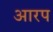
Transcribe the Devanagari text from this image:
आरप